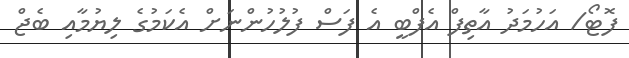
ފޮޓޯ/ އަހުމަދު އާތިފް އެފްބީ އެ ފަސް ފުލުހުންނަށް އެކަމުގެ ލިޔުމާއި ބެޖް